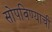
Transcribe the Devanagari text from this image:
सोपविण्याची